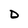
Character: D